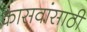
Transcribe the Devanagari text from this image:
कासवांसाठी